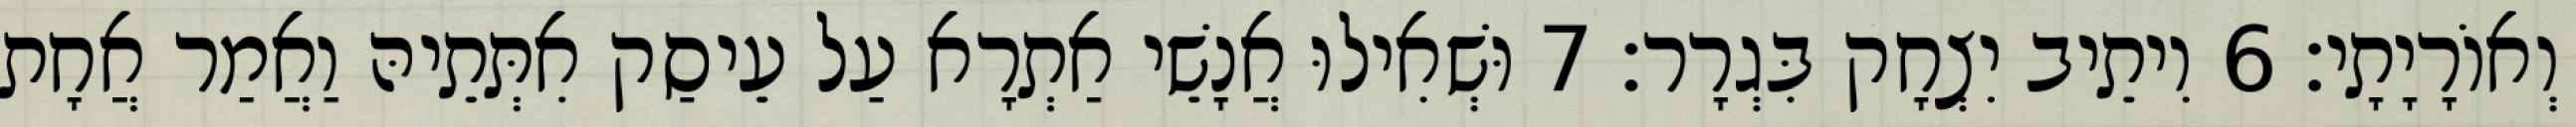
וְאוֹרָיָתָי׃ 6 וִיתֵיב יִצְחָק בִּגְרָר׃ 7 וּשְׁאִילוּ אֲנָשֵׁי אַתְרָא עַל עֵיסַק אִתְּתֵיהּ וַאֲמַר אֲחָת